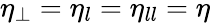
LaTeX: \eta_{\perp}=\eta_{l}=\eta_{ll}=\eta